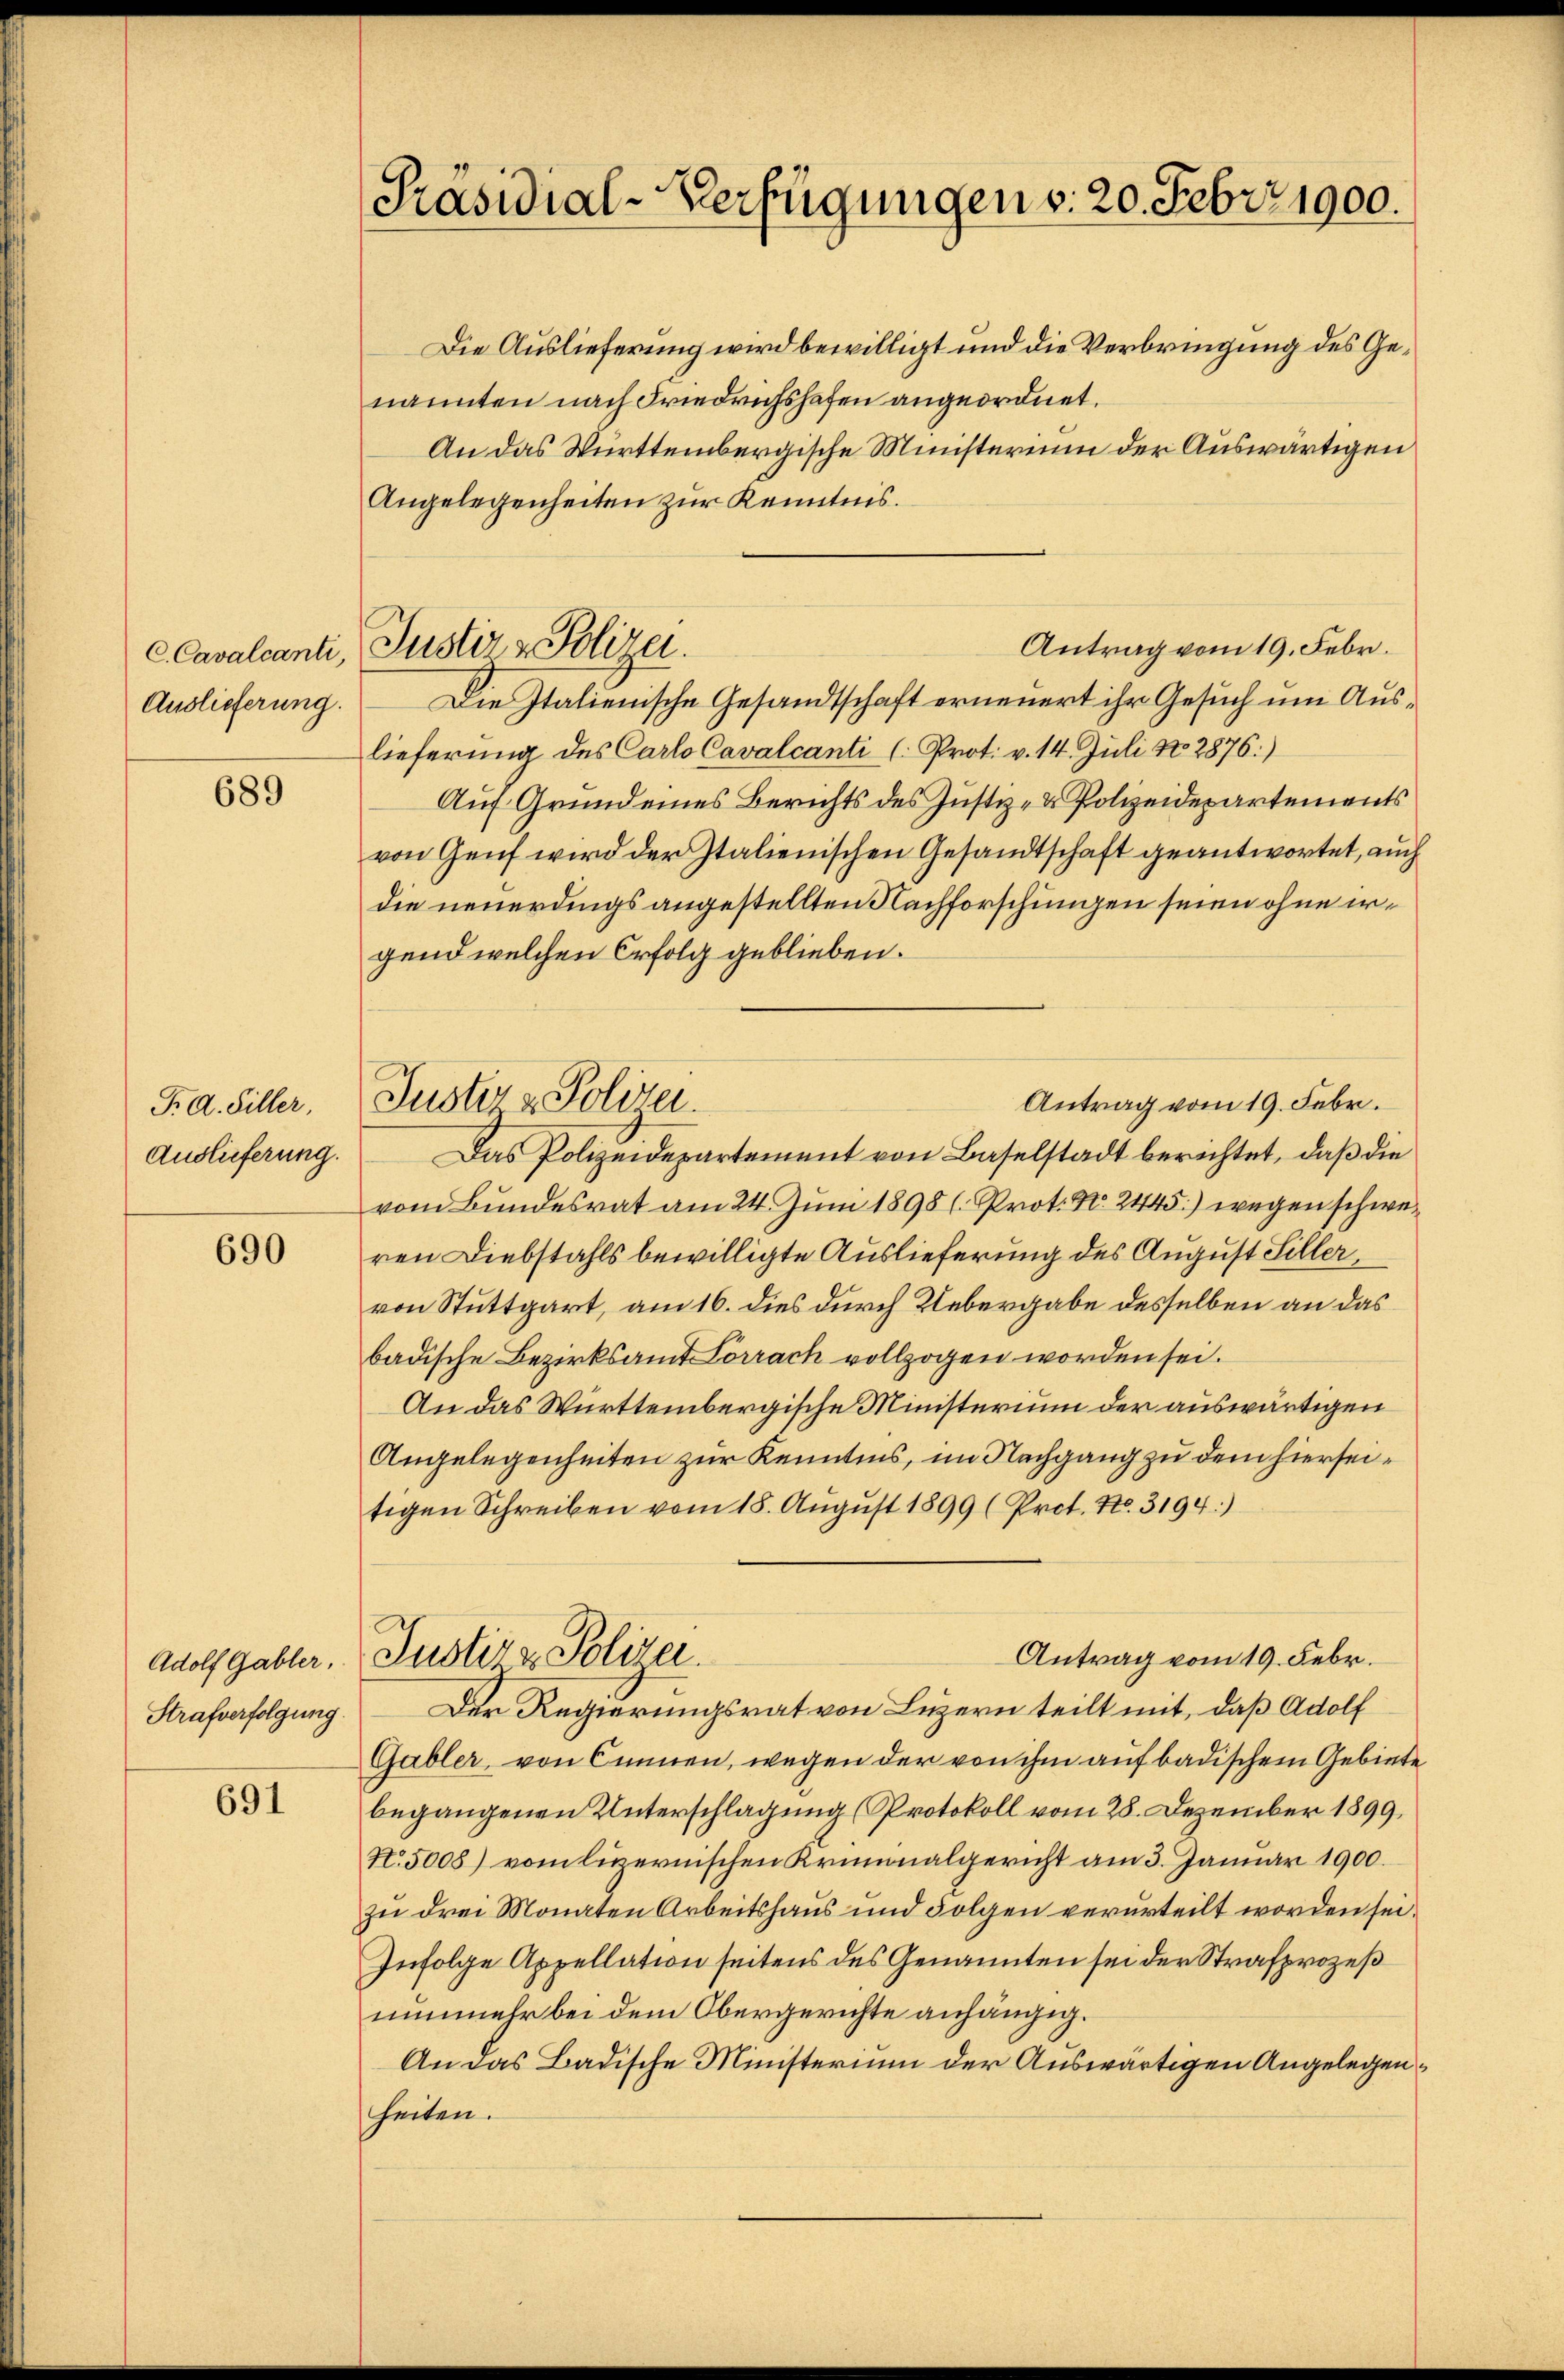
C. Cavalcanti,
Auslieferung.

689

T. d. Hiller,
Auslieferung.

690

Adolf Gabler,
Strafverfolgung.

691

Präsidial-Verfügungen v. 20. Febr. 1900.

Antrag vom 19. Febr.
Justiz - Polizei.

Justiz & Polizei.

Die Auslieferung wird bewilligt und die Verbringung des Genannten nach Friedrichshofen angeordnet.
An das Württembergische Münsterium der Auswärtigen
Angelegenheiten zur Kenntnis.
Die Italienische Gesandtschaft erneuert ihr Gesuch um Auslieferung des Carlo Cavalcanti (Prot. v. 14. Juli No 2876.)
Auf Grund eines Berichts des Justiz- & Polizeidepartements
von Genf wird der Italienischen Gesandtschaft geantwortet, auch
die neuerdings angestellten Nachforschungen seien ohne irgend welchen Erfolg geblieben.
Antrag vom 19. Febr.
Das Polizeidepartement von Baselstadt berichtet, daß die
vom Bundesrat am 24. Juni 1898 (. Prot. No. 2445.) wegen schweren Diebstahls bewilligte Auslieferung des August Siller,
von Stuttgart, am 16. dies durch Uebergabe desselben an das
badische Bezirksamt Lörrach vollzogen worden sei.
An das Württembergische Ministerium der auswärtigen
Angelegenheiten zur Kenntnis, im Nachgang zu dem hierseitigen Schreiben vom 18. August 1899 (Prot. No. 3194:)
Antrag vom 19. Febr.
Justiz & Polizei.
Der Regierungsrat von Luzern teilt mit, daß Adolf
Gabler, von Cinnen, wegen der von ihm auf badischem Gebiete
begangenen Unterschlagung (Protokoll vom 28. Dezember 1899,
N. 5008) vom luzernischen Kriminalgericht am 3. Januar 1900.
zu drei Monaten Arbeitshaus und Folgen verurteilt worden sei.
Infolge Appellation seitens des Genannten sei der Strafprozeß
nunmehr bei dem Obergerichte anhängig.
An das Badische Ministerium der Auswärtigen Angelegen.
heiten.